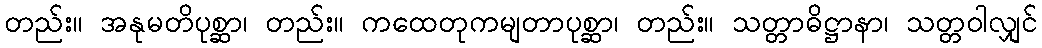
တည်း။ အနုမတိပုစ္ဆာ၊ တည်း။ ကထေတုကမျတာပုစ္ဆာ၊ တည်း။ သတ္တာဓိဋ္ဌာနာ၊ သတ္တဝါလျှင်